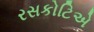
રસકોટિએ